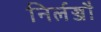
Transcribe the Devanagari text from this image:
निर्लज्जौ